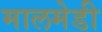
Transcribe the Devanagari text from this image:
मालमेडी